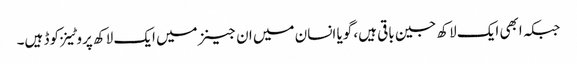
جبکہ ابھی ایک لاکھ جین باقی ہیں، گویا انسان میں ان جینز میں ایک لاکھ پروٹینز کوڈ ہیں۔